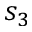
s _ { 3 }